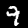
Digit: 9